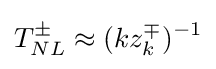
T_{NL}^{\pm }\approx (kz_{k}^{\mp })^{-1}